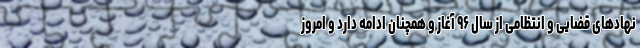
نهادهای قضایی و انتظامی از سال ۹۶ آغاز و همچنان ادامه دارد و امروز